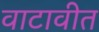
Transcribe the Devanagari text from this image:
वाटावीत